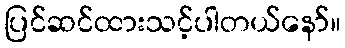
ပြင်ဆင်ထားသင့်ပါတယ်နော်။